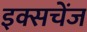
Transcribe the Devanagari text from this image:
इक्सचेंज